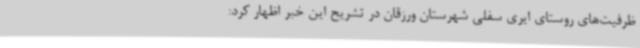
ظرفیت‌های روستای ایری سفلی شهرستان ورزقان در تشریح این خبر اظهار کرد: